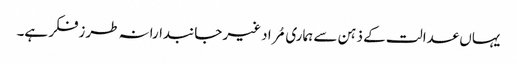
یہاں عدالت کے ذہن سے ہماری مُراد غیر جانبدارانہ طرزفکر ہے۔